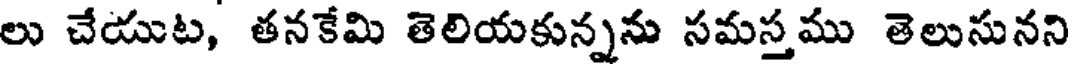
లు చేయుట, తనకేమి తెలియకున్నను సమస్తము తెలుసునని